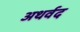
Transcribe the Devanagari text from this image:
अथर्वद